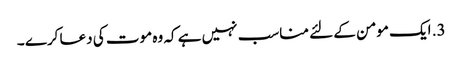
3. ایک مومن کے لئے مناسب نہیں ہے کہ وہ موت کی دعا کرے ۔